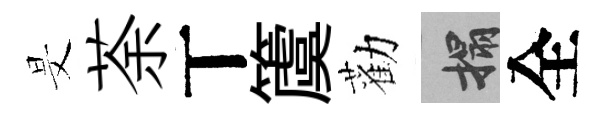
旻荼丅𥵂勸搨全